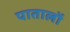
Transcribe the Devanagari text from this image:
पातालों